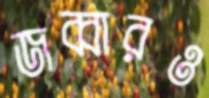
জব্বারও